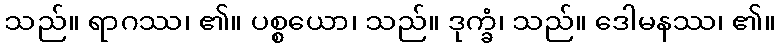
သည်။ ရာဂဿ၊ ၏။ ပစ္စယော၊ သည်။ ဒုက္ခံ၊ သည်။ ဒေါမနဿ၊ ၏။